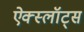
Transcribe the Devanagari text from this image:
ऐक्स्लॉट्स